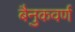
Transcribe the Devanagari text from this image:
बैनुकवर्ण